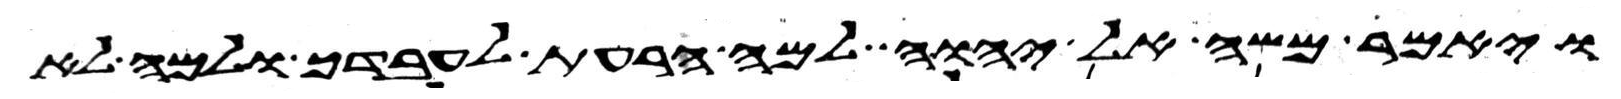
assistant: ויאמר משה אל יהוה למה הרעת לעבדך ולמה לא